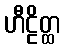
ဟီဠိတ္ထ